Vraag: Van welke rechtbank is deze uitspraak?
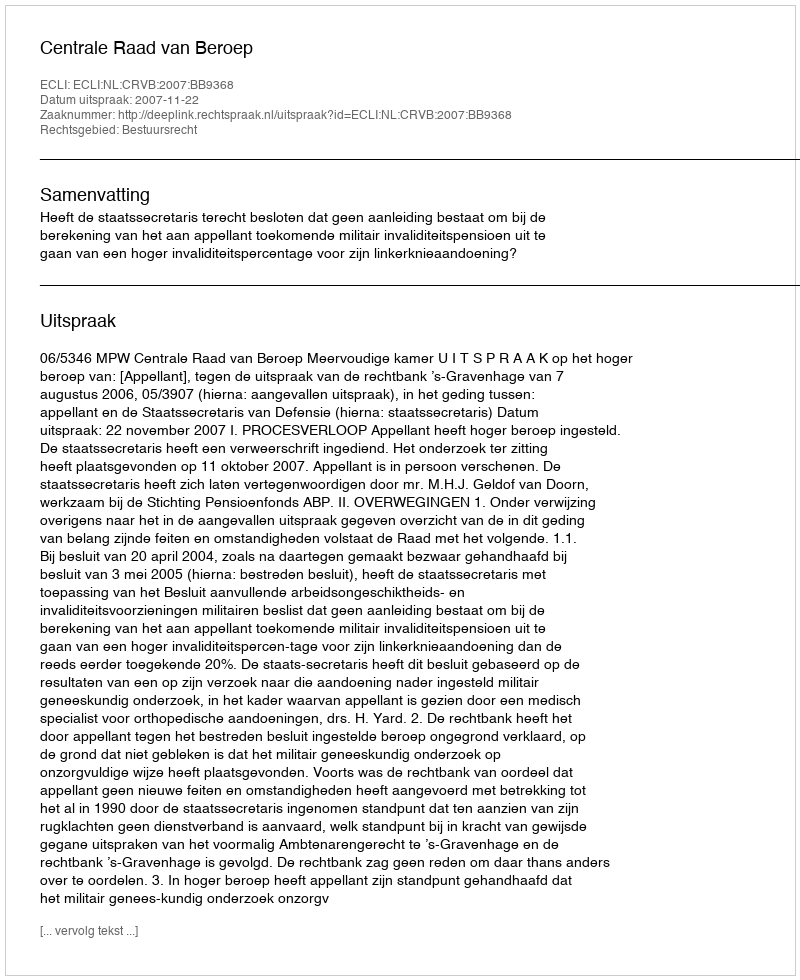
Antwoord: Centrale Raad van Beroep